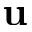
\textbf { u }